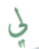
لي